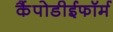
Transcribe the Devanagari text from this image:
कैंपोडीईफॉर्म